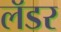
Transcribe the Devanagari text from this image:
लॅडर